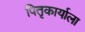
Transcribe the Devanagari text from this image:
पितृकार्याला